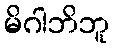
မိဂါဘိဘူ